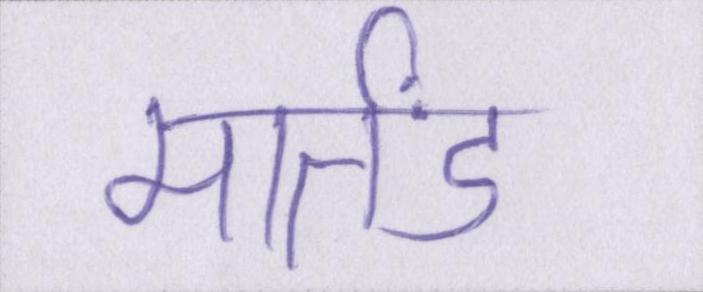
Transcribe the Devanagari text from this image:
मार्तंड